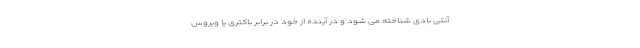
آنتی بادی شناخته می شود و در آینده از خود در برابر باکتری یا ویروس